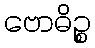
ဗောဓိဉ္စ